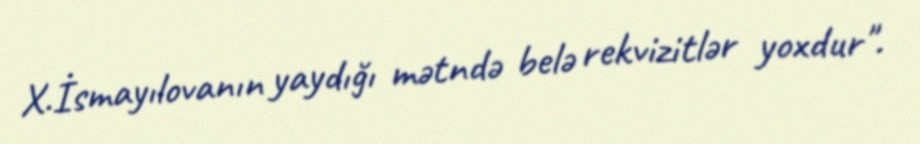
X.İsmayılovanın yaydığı mətndə belə rekvizitlər yoxdur".